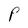
Character: P